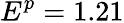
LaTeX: E^{p}=1.21